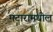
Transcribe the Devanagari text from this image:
मटारामधील